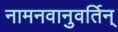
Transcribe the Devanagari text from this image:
नामनवानुवर्तिन्